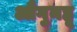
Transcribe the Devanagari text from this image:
औगुनहू